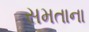
સમતાના